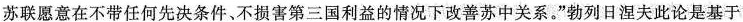
苏联愿意在不带任何先决条件、不损害第三国利益的情况下改善苏中关系。”勃列日涅夫此论是基于